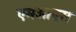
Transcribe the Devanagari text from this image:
एमओएस